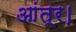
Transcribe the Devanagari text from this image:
आंत्र।